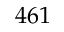
4 6 1